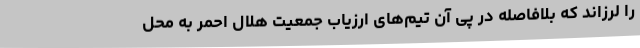
را لرزاند که بلافاصله در پی آن تیم‌های ارزیاب جمعیت هلال احمر به محل